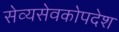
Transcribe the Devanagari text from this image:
सेव्यसेवकोपदेश